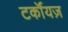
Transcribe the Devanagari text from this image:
टर्कॉयज़